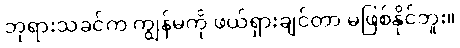
ဘုရားသခင်က ကျွန်မကို ဖယ်ရှားချင်တာ မဖြစ်နိုင်ဘူး။